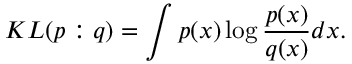
K L ( p : q ) = \int p ( x ) \log { \frac { p ( x ) } { q ( x ) } } d x .